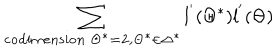
\sum _ { \bf { c o d i m e n s i o n } \; \Theta ^ { * } = 2 , \Theta ^ { * } \in \Delta ^ { * } } { l ^ { ' } ( \Theta ^ { * } ) l ^ { ' } ( \Theta ) }